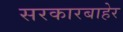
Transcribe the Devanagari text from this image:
सरकारबाहेर